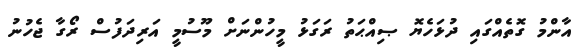
އާންމު ގޮތެއްގައި ދުޅަހެޔޮ ޞިއްޙަތު ރަގަޅު މީހުންނަށް މޫސުމީ އަރިދަފުސް ރޯގާ ޖެހުނު